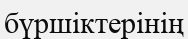
бүршіктерінің